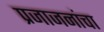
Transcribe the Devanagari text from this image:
प्रजाजनांचा